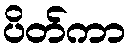
ပိတ်ကာ